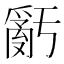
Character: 𤔧